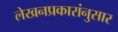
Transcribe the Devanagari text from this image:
लेखनप्रकारांनुसार